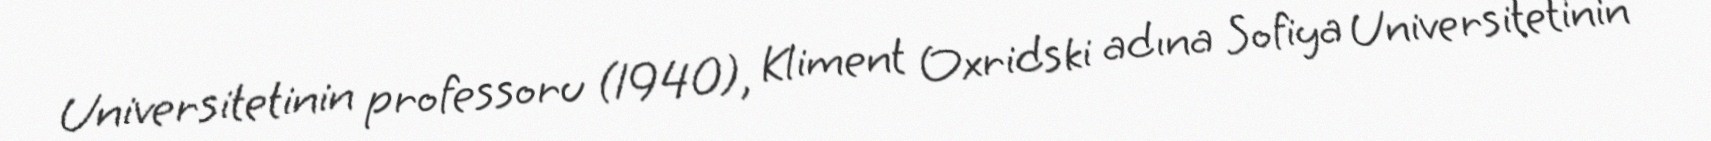
Universitetinin professoru (1940), Kliment Oxridski adına Sofiya Universitetinin